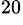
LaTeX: ^{20}